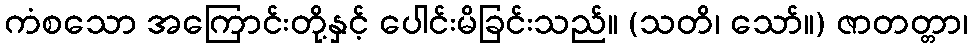
ကံစသော အကြောင်းတို့နှင့် ပေါင်းမိခြင်းသည်။ (သတိ၊ သော်။) ဇာတတ္တာ၊